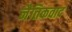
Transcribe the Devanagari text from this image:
नैतिकवाद